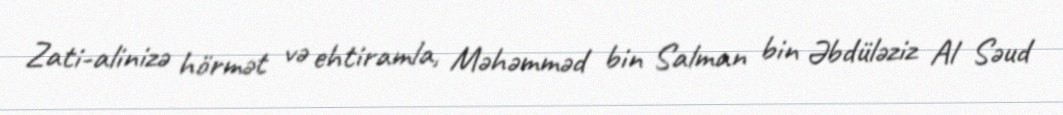
Zati-alinizə hörmət və ehtiramla, Məhəmməd bin Salman bin Əbdüləziz Al Səud